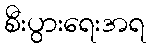
စီးပွားရေးအရ